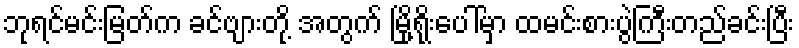
ဘုရင်မင်းမြတ်က ခင်ဗျားတို့ အတွက် မြို့ရိုးပေါ်မှာ ထမင်းစားပွဲကြီးတည်ခင်းပြီး